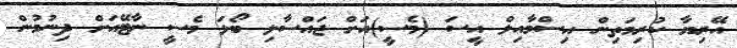
އޭރިޔާ ކުރިމަތިން އިސްމާއިލް އީސަ (މެސީ)އަށް ޖައްސާލި ބޯޅަ މެސީ ނާޓޭއަށް ދިނުމުން